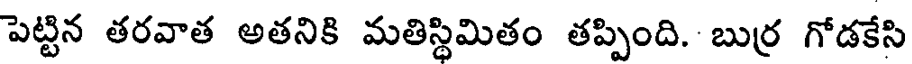
పెట్టిన తరవాత అతనికి మతిస్థిమితం తప్పింది. బుర్ర గోడకేసి